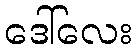
ဒေါ်လေး